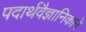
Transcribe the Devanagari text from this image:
पदार्थवैज्ञानिकाने